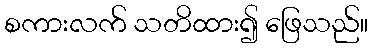
စကားလက် သတိထား၍ ဖြေသည်။